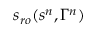
s _ { r o } ( s ^ { n } , \Gamma ^ { n } )